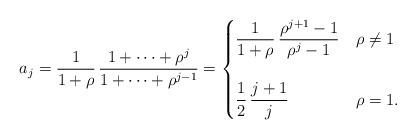
LaTeX: \begin{align*}a_j = \frac{1}{1 + \rho} \, \frac{1 + \cdots + \rho^j}{1 + \cdots + \rho^{j-1}} = \begin{cases}\displaystyle \frac{1}{1 + \rho} \, \frac{\rho^{j+1} -1}{\rho^j-1} & \rho \neq 1 \\ \\\displaystyle \frac{1}{2} \, \frac{j+1}{j} & \rho = 1.\end{cases}\end{align*}